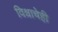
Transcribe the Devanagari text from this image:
विश्वाचेही